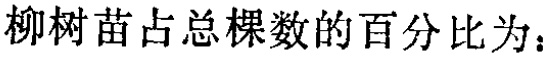
柳树苗占总棵数的百分比为：